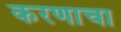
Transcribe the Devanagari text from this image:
करणाचा